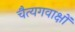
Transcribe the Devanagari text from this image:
चैत्यगवाक्षों